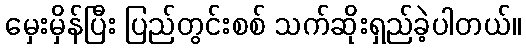
မှေးမှိန်ပြီး ပြည်တွင်းစစ် သက်ဆိုးရှည်ခဲ့ပါတယ်။